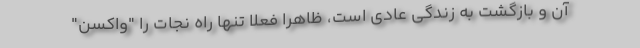
آن و بازگشت به زندگی عادی است، ظاهرا فعلا تنها راه نجات را "واکسن"